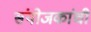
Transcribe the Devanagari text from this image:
संयोजकांची